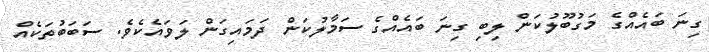
ގިނަ ބައެއްގެ މަގުބޫލުކަން ލިބި ގިނަ ބައެއްގެ ސަމާލުކަން ދަމައިގަން ލަވައެކެވެ. ސަބަބުތަކެއް